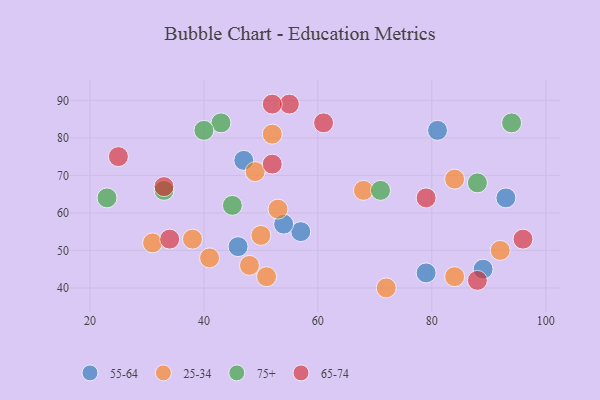
{"axis": {"x": "GDP", "y": "Life Expectancy"}, "legend": ["25-34", "55-64", "65-74", "75+"], "data": [{"x": "46", "y": 51, "type": "55-64"}, {"x": "81", "y": 82, "type": "55-64"}, {"x": "79", "y": 44, "type": "55-64"}, {"x": "93", "y": 64, "type": "55-64"}, {"x": "89", "y": 45, "type": "55-64"}, {"x": "57", "y": 55, "type": "55-64"}, {"x": "54", "y": 57, "type": "55-64"}, {"x": "47", "y": 74, "type": "55-64"}, {"x": "51", "y": 43, "type": "25-34"}, {"x": "72", "y": 40, "type": "25-34"}, {"x": "68", "y": 66, "type": "25-34"}, {"x": "31", "y": 52, "type": "25-34"}, {"x": "84", "y": 43, "type": "25-34"}, {"x": "50", "y": 54, "type": "25-34"}, {"x": "41", "y": 48, "type": "25-34"}, {"x": "53", "y": 61, "type": "25-34"}, {"x": "48", "y": 46, "type": "25-34"}, {"x": "38", "y": 53, "type": "25-34"}, {"x": "52", "y": 81, "type": "25-34"}, {"x": "49", "y": 71, "type": "25-34"}, {"x": "92", "y": 50, "type": "25-34"}, {"x": "84", "y": 69, "type": "25-34"}, {"x": "23", "y": 64, "type": "75+"}, {"x": "43", "y": 84, "type": "75+"}, {"x": "33", "y": 66, "type": "75+"}, {"x": "88", "y": 68, "type": "75+"}, {"x": "71", "y": 66, "type": "75+"}, {"x": "45", "y": 62, "type": "75+"}, {"x": "94", "y": 84, "type": "75+"}, {"x": "40", "y": 82, "type": "75+"}, {"x": "96", "y": 53, "type": "65-74"}, {"x": "88", "y": 42, "type": "65-74"}, {"x": "34", "y": 53, "type": "65-74"}, {"x": "79", "y": 64, "type": "65-74"}, {"x": "25", "y": 75, "type": "65-74"}, {"x": "61", "y": 84, "type": "65-74"}, {"x": "55", "y": 89, "type": "65-74"}, {"x": "33", "y": 67, "type": "65-74"}, {"x": "52", "y": 89, "type": "65-74"}, {"x": "52", "y": 73, "type": "65-74"}]}